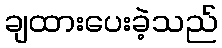
ချထားပေးခဲ့သည်